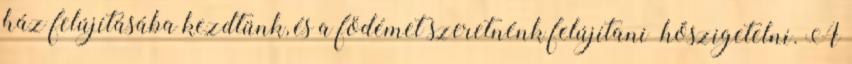
ház felújításába kezdtünk, és a födémet szeretnénk felújítani hőszigetelni. A